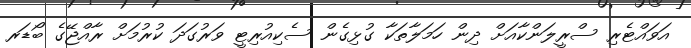
އަވައްޓެރި ސްރީލަންކާއަށް ދިން ހަމަލާތަކާ ގުޅިގެން ސެކިއުރިޓީ ވަރުގަދަ ކުރުމަށް ރާއްޖޭގެ ބޯޑަރ